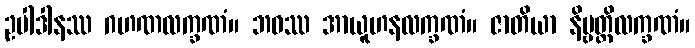
ဥပါဒါနဿ ဂဟဏလက္ခဏံ။ ဘဝဿ အာယူဟနလက္ခဏံ။ ဇာတိယာ နိဗ္ဗတ္တိလက္ခဏံ။